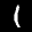
Label: 1